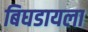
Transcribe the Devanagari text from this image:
बिघडायला